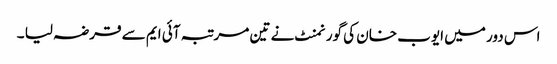
اس دور میں ایوب خان کی گورنمنٹ نے تین مرتبہ آئی ایم سے قرضہ لیا ۔